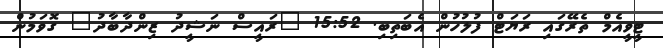
ޓީވީއެމް ތެރޭގައި ރަޔަޓް ފުލުހުން އެބަތިބި. 15:52 "ރައީސް ނަޝީދު ޒިންދާބާދު" ގޮވަމުން